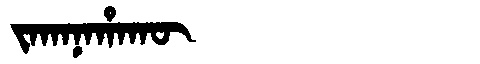
Manchu: ᠵᠠᡴᠠᠨᠠᡥᠠᡴᡡ
Romanization: JAKANAHAKŪ